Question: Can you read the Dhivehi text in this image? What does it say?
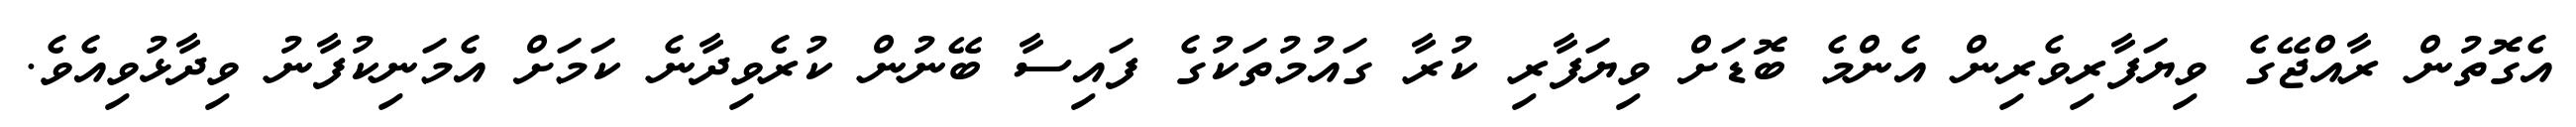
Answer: އެގޮތުން ރާއްޖޭގެ ވިޔަފާރިވެރިން އެންމެ ބޮޑަށް ވިޔަފާރި ކުރާ ގައުމުތަކުގެ ފައިސާ ބޭނުން ކުރެވިދާނެ ކަމަށް އެމަނިކުފާނު ވިދާޅުވިއެވެ.